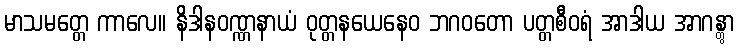
မာသမတ္တေ ကာလေ။ နိဒါနဝဏ္ဏနာယံ ဝုတ္တနယေနေဝ ဘဂဝတော ပတ္တစီဝရံ အာဒါယ အာဂန္တွာ